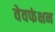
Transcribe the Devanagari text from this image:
वेवफंक्षन